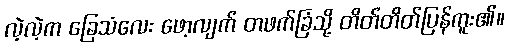
လဲ့လဲ့က ခြေသံလေး ဖော့လျက် တဖက်ခြံသို့ တိတ်တိတ်ပြန်ကူး၏။